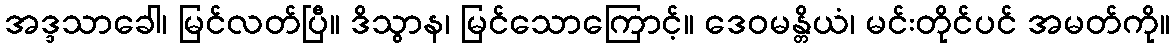
အဒ္ဒသာခေါ၊ မြင်လတ်ပြီ။ ဒိသွာန၊ မြင်သောကြောင့်။ ဒေဝမန္တိယံ၊ မင်းတိုင်ပင် အမတ်ကို။